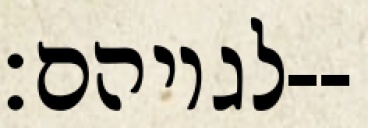
לגויהם׃--